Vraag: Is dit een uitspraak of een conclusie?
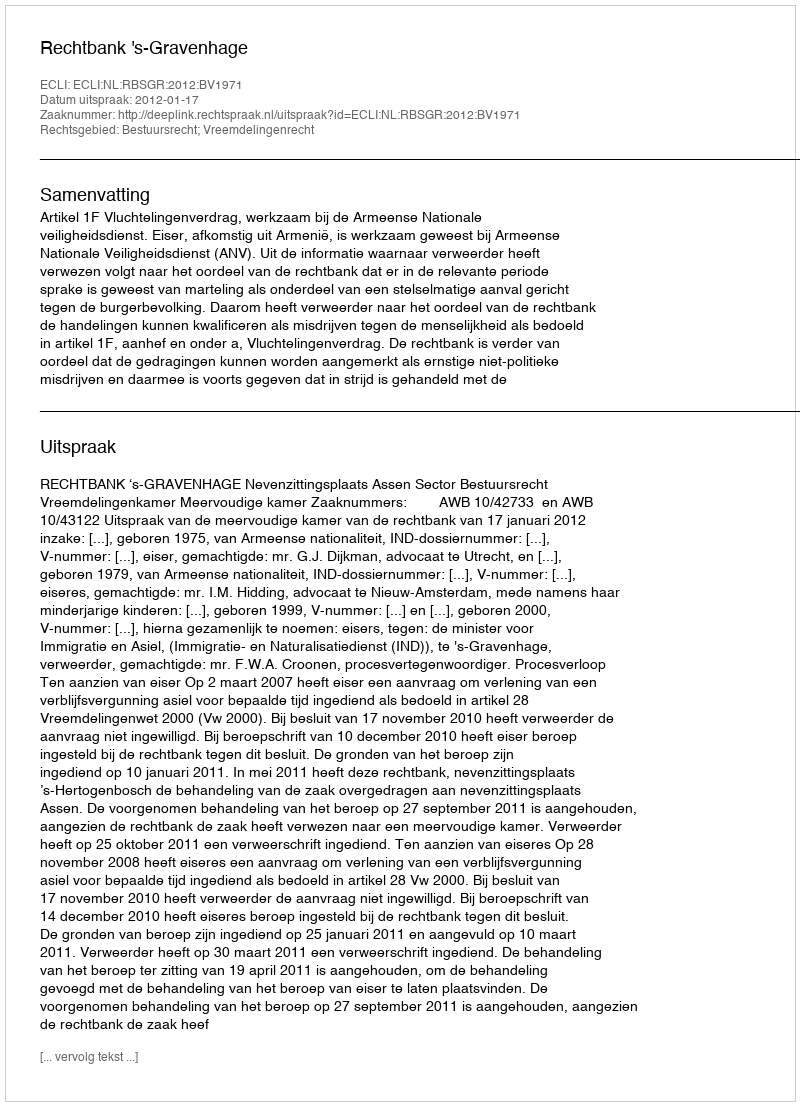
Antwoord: Uitspraak